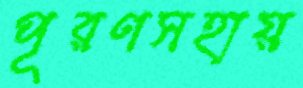
পূরণসহায়